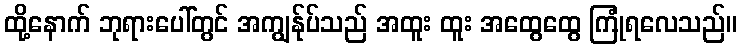
ထို့နောက် ဘုရားပေါ်တွင် အကျွန်ုပ်သည် အထူး ထူး အထွေထွေ ကြုံရလေသည်။